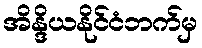
အိန္ဒိယနိုင်ငံဘက်မှ